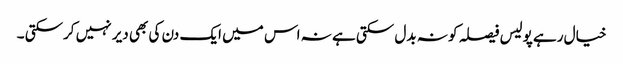
خیال رہے پولیس فیصلہ کو نہ بدل سکتی ہے نہ اس میں ایک دن کی بھی دیر نہیں کرسکتی ۔